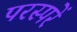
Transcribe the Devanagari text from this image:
परस्परें